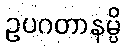
ဥပဂတာနမ္ပိ